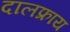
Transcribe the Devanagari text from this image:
दालफ्राय